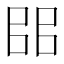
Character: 𰀦